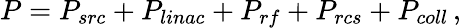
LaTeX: P=P_{src}+P_{linac}+P_{rf}+P_{rcs}+P_{coll}\, ,